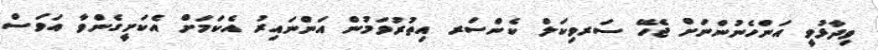
ވިދާޅުވީ އަންހެނުންނަށް ޖެހޭ ސަރވިކަލް ކެންސަރ އިތުރުވަމުން އަންނައިރު އެކަމަށް އެކަށީގެންވާ އަވަސް